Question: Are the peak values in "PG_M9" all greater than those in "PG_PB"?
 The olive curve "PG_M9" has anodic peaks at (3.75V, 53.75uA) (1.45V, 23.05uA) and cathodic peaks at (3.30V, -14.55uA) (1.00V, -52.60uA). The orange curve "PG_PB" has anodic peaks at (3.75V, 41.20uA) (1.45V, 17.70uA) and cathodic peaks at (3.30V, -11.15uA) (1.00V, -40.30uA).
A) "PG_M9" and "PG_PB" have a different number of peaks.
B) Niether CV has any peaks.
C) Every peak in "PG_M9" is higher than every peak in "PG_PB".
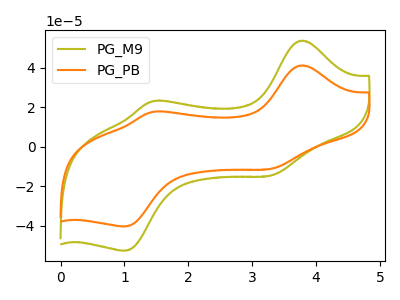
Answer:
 <answer>C) Every peak in "PG_M9" is higher than every peak in "PG_PB".</answer>
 <eval>C</eval>